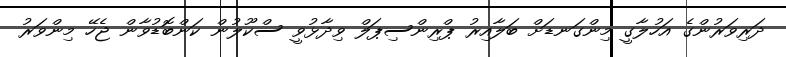
ދަރިވަރުންގެ އަހުލާގީ މިންގަނޑަށް ބަލާއިރު ޕްރިންސިޕަލް ވިދާޅުވީ ސްކޫލުން ކަންބޮޑުވާން ޖެހޭ މިންވަރު